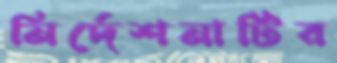
নির্দেশনাটির